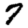
Digit: 7